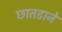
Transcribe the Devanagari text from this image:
छातडाने